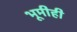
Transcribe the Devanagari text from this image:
भूमीही